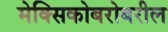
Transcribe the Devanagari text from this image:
मेक्सिकोबरोबरील